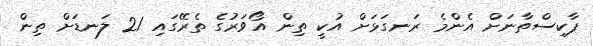
ޕާކިސްތާނަށް އެންމެ ރަނގަޅަށް އުކީ ތިން އޯވަރުގެ ތެރޭގައި 21 ލަނޑަށް ތިން